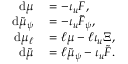
\begin{array} { r l } { \mathrm { d } \mu } & { { } = - \iota _ { u } F , } \\ { \mathrm { d } \tilde { \mu } _ { \psi } } & { { } = - \iota _ { u } \tilde { F } _ { \psi } , } \\ { \mathrm { d } \mu _ { \ell } } & { { } = \ell \mu - \ell \iota _ { u } \Xi , } \\ { \mathrm { d } \tilde { \mu } } & { { } = \ell \tilde { \mu } _ { \psi } - \iota _ { u } \tilde { F } . } \end{array}